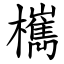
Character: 㰎